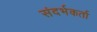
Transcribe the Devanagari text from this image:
संदर्भकर्ता